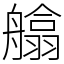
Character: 𦪙